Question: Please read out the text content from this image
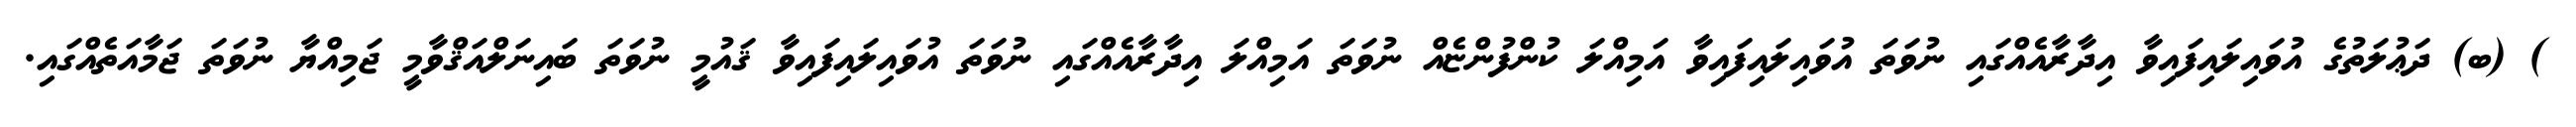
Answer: ) (ބ) ދަޢުލަތުގެ އުވައިލައިފައިވާ އިދާރާއެއްގައި ނުވަތަ އުވައިލައިފައިވާ އަމިއްލަ ކުންފުންޏެއް ނުވަތަ އަމިއްލަ އިދާރާއެއްގައި ނުވަތަ އުވައިލައިފައިވާ ޤައުމީ ނުވަތަ ބައިނަލްއަޤްވާމީ ޖަމިއްޔާ ނުވަތަ ޖަމާއަތެއްގައި.